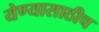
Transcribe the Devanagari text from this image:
येण्यासाठीच